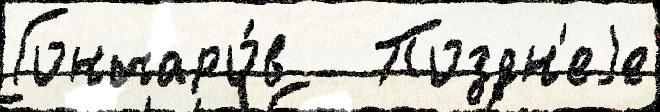
Гончаро́в   Поздн'еjе